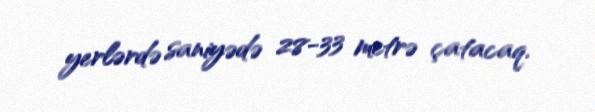
yerlərdə saniyədə 28-33 metrə çatacaq.